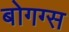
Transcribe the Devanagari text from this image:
बोगग्स